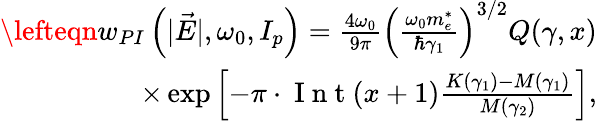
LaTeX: \begin{array}{r}{\lefteqn{}w_{PI}\left(|\vec{E}|,\omega_{0},I_{p}\right)=\frac{4\omega_{0}}{9\pi}\left(\frac{\omega_{0}m_{e}^{*}}{\hbar\gamma_{1}}\right)^{3/2}Q(\gamma,x)}\\ {\times\exp\left[-\pi\cdot\mathrm{~I~n~t~}(x+1)\frac{K(\gamma_{1})-M(\gamma_{1})}{M(\gamma_{2})}\right],}\end{array}